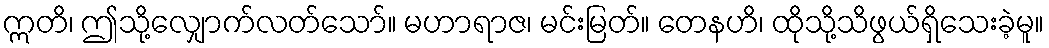
ဣတိ၊ ဤသို့လျှောက်လတ်သော်။ မဟာရာဇ၊ မင်းမြတ်။ တေနဟိ၊ ထိုသို့သိဖွယ်ရှိသေးခဲ့မူ။